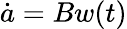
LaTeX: \dot{a}=Bw(t)